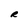
Character: R